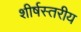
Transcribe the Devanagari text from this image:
शीर्षस्तरीय